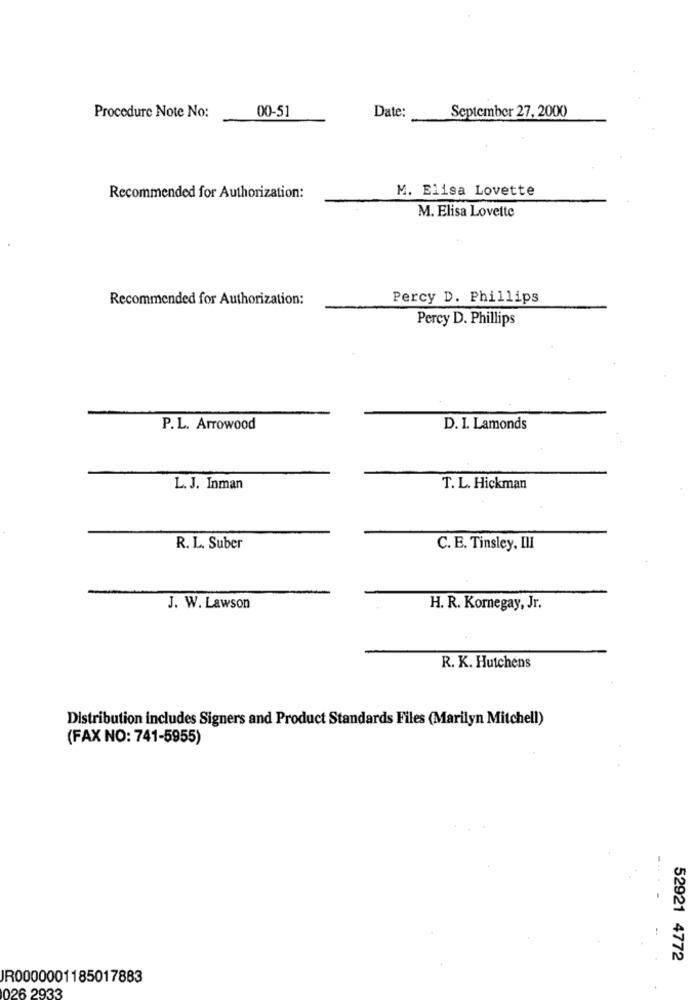
00-51
Date:
September 27, 2000
Procedure Note No:
M. Elisa Lovette
Recommended for Authorization:
M. Elisa Lovette
Recommended for Authorization:
Percy D. Phillips
Percy D. Phillips
P.L. Arrowood
D. I. Lamonds
L. J. Inman
T. L. Hickman
R. L. Suber
C. E. Tinsley, III
J. W. Lawson
H. R. Kornegay, Jr.
R. K. Hutchens
Distribution includes Signers and Product Standards Files (Marilyn Mitchell)
(FAX NO: 741-5955)
52921 4772
IR0000001185017883
026 2933